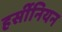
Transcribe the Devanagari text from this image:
हर्सीनियन